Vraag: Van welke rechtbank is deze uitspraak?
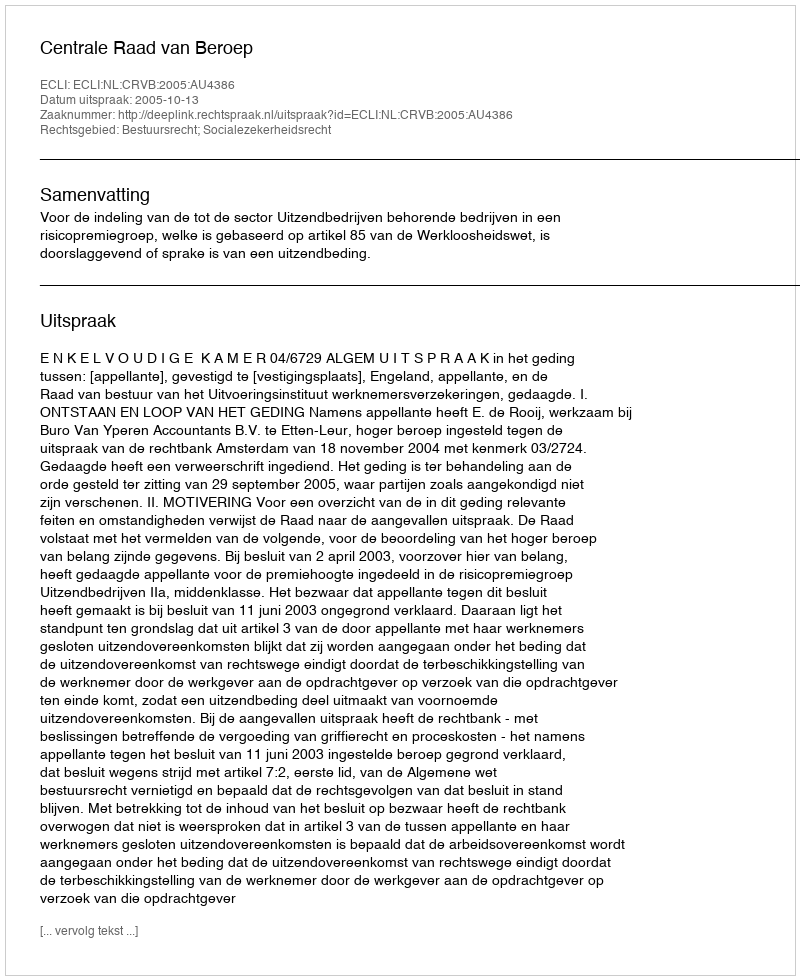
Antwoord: Centrale Raad van Beroep